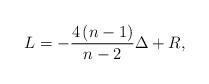
LaTeX: \begin{align*}L=-\frac{4\left( n-1\right) }{n-2}\Delta +R, \end{align*}